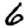
Digit: 6